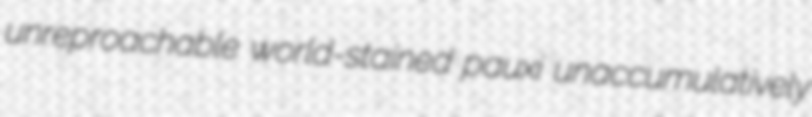
unreproachable world-stained pauxi unaccumulatively